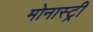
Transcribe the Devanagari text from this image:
मोनास्ट्री